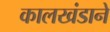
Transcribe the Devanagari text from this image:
कालखंडाने